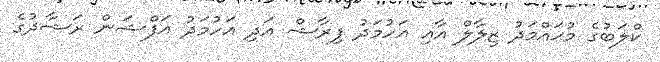
ކްލަބުގެ މުޙައްމަދު ޒިލާލް އާއި އަހުމަދު ފިރާޝް އަދި އަހުމަދު އަފްޝަން ރަޝާދުގެ